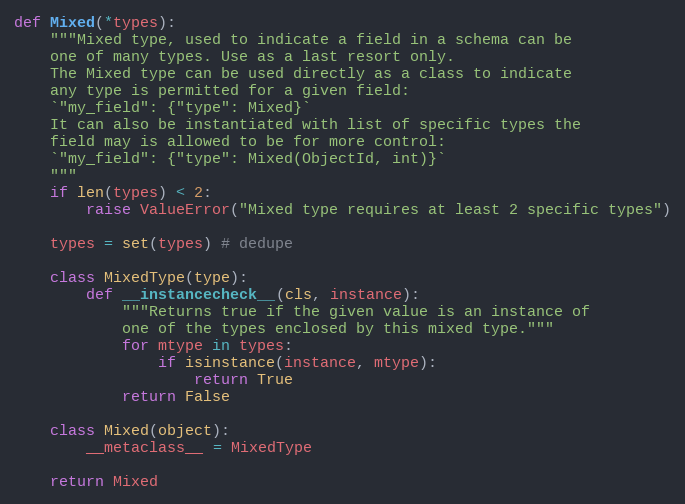
Language: Python
def Mixed(*types):
    """Mixed type, used to indicate a field in a schema can be
    one of many types. Use as a last resort only.
    The Mixed type can be used directly as a class to indicate
    any type is permitted for a given field:
    `"my_field": {"type": Mixed}`
    It can also be instantiated with list of specific types the
    field may is allowed to be for more control:
    `"my_field": {"type": Mixed(ObjectId, int)}`
    """
    if len(types) < 2:
        raise ValueError("Mixed type requires at least 2 specific types")

    types = set(types) # dedupe

    class MixedType(type):
        def __instancecheck__(cls, instance):
            """Returns true if the given value is an instance of
            one of the types enclosed by this mixed type."""
            for mtype in types:
                if isinstance(instance, mtype):
                    return True
            return False

    class Mixed(object):
        __metaclass__ = MixedType

    return Mixed